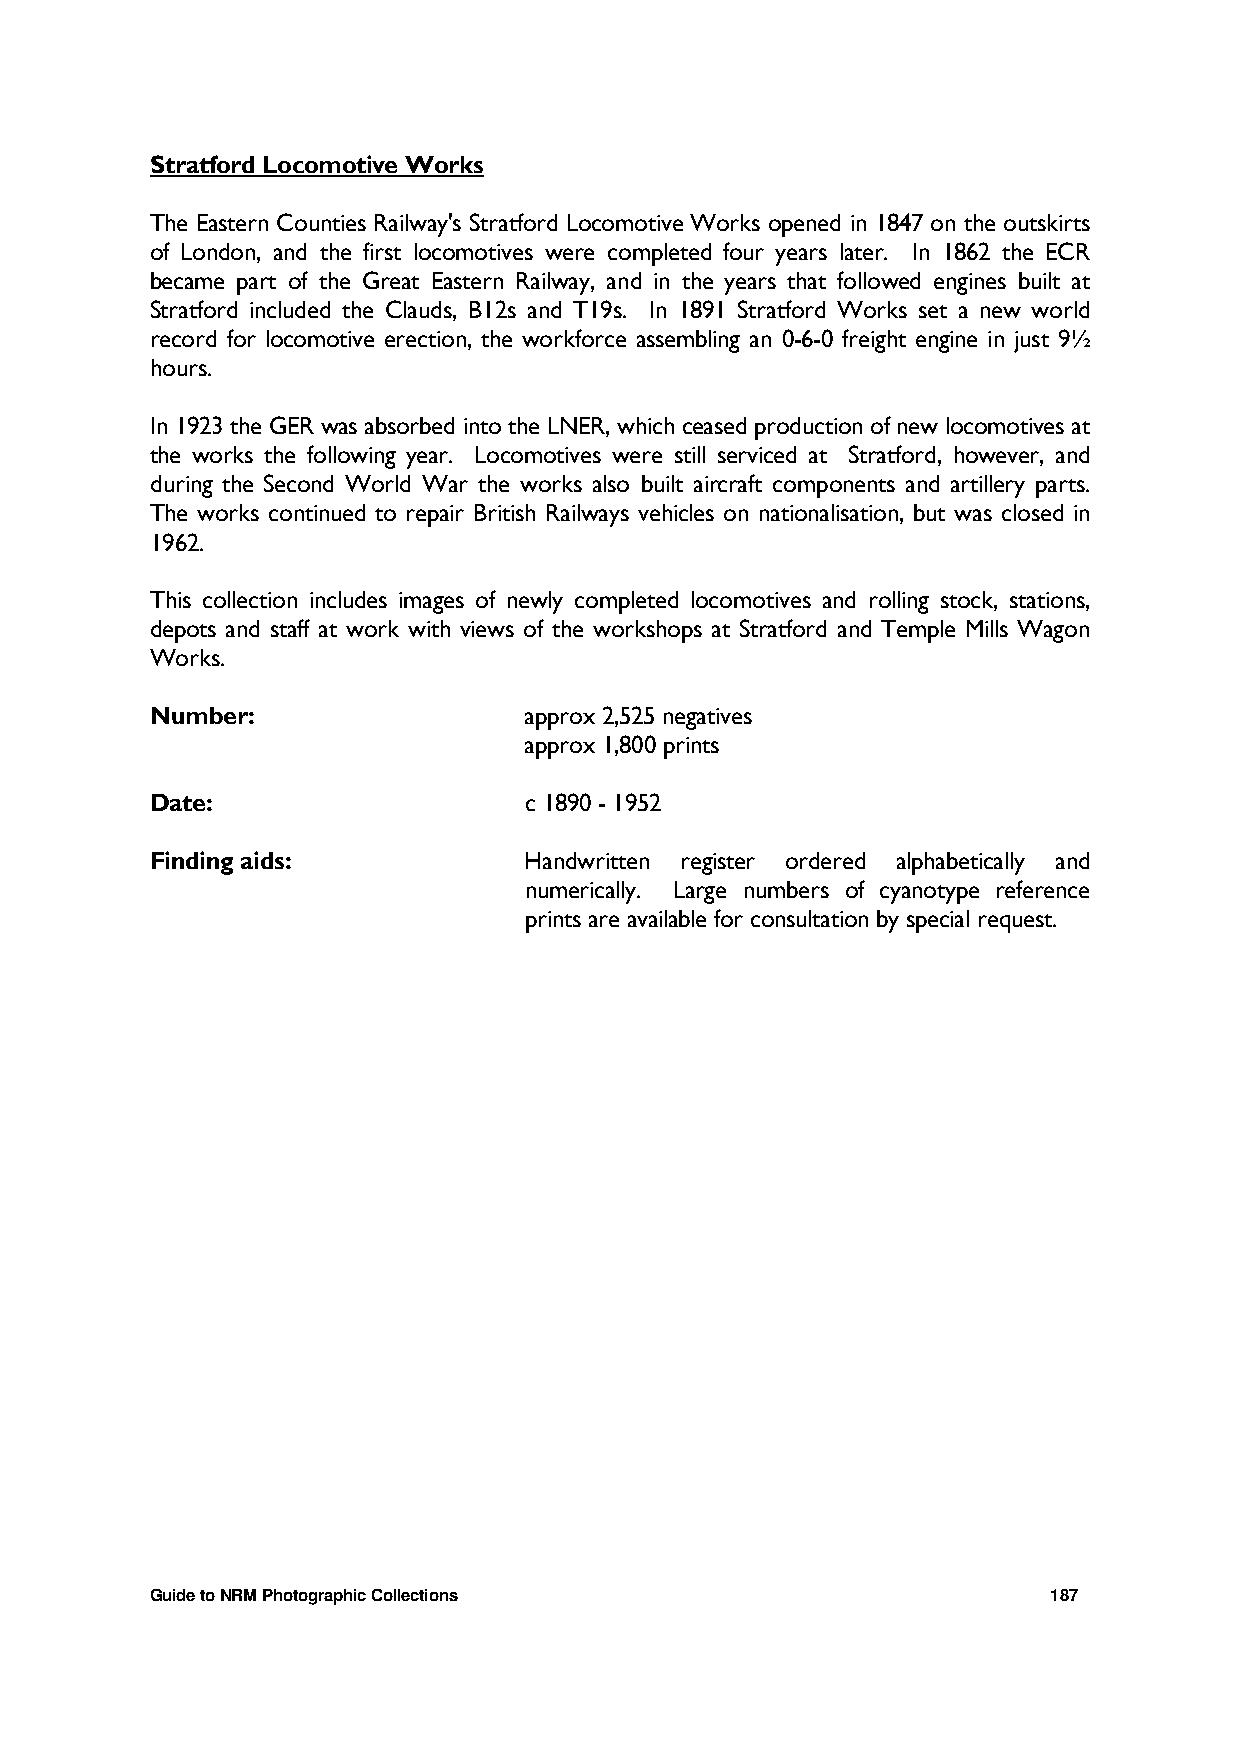
Stratford Locomotive Works
 The Eastern Counties Railway's Stratford Locomotive Works opened in 1847 on the outskirts
 of London, and the first locomotives were completed four years later. In 1862 the ECR
 became part of the Great Eastern Railway, and in the years that followed engines built at
 Stratford included the Clauds, B12s and T19s. In 1891 Stratford Works set a new world
 record for locomotive erection, the workforce assembling an 0-6-0 freight engine in just 9½
 hours.
 In 1923 the GER was absorbed into the LNER, which ceased production of new locomotives at
 the works the following year. Locomotives were still serviced at Stratford, however, and
 during the Second World War the works also built aircraft components and artillery parts.
 The works continued to repair British Railways vehicles on nationalisation, but was closed in
 1962.
 This collection includes images of newly completed locomotives and rolling stock, stations,
 depots and staff at work with views of the workshops at Stratford and Temple Mills Wagon
 Works.
 Number:                  approx 2,525 negatives
 approx 1,800 prints
 Date:                    c 1890 - 1952
 Finding aids:            Handwritten register ordered alphabetically and
 numerically. Large numbers of cyanotype reference
 prints are available for consultation by special request.
 Guide to NRM Photographic Collections                       187